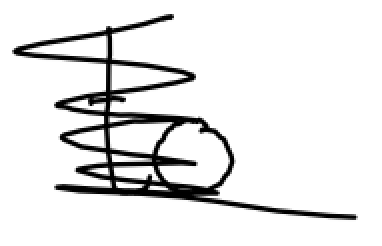
Text: to
Cross-out: scratch
Writing tool: digital_black